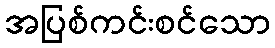
အပြစ်ကင်းစင်သော